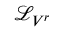
{ \mathcal { L } } _ { V ^ { r } }